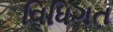
વિધિગત